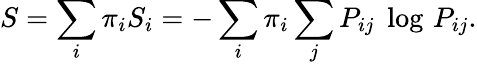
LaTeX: S=\sum_{i}\pi_{i}S_{i}=-\sum_{i}\pi_{i}\sum_{j}P_{ij}\; \log\, P_{ij}.